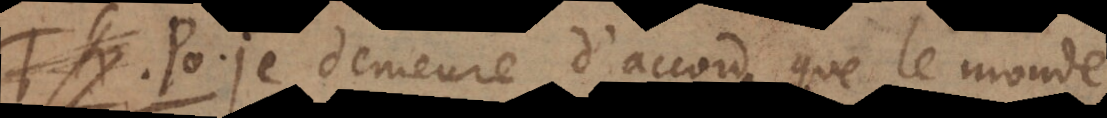
. P. Je demeure d’accord que le mond